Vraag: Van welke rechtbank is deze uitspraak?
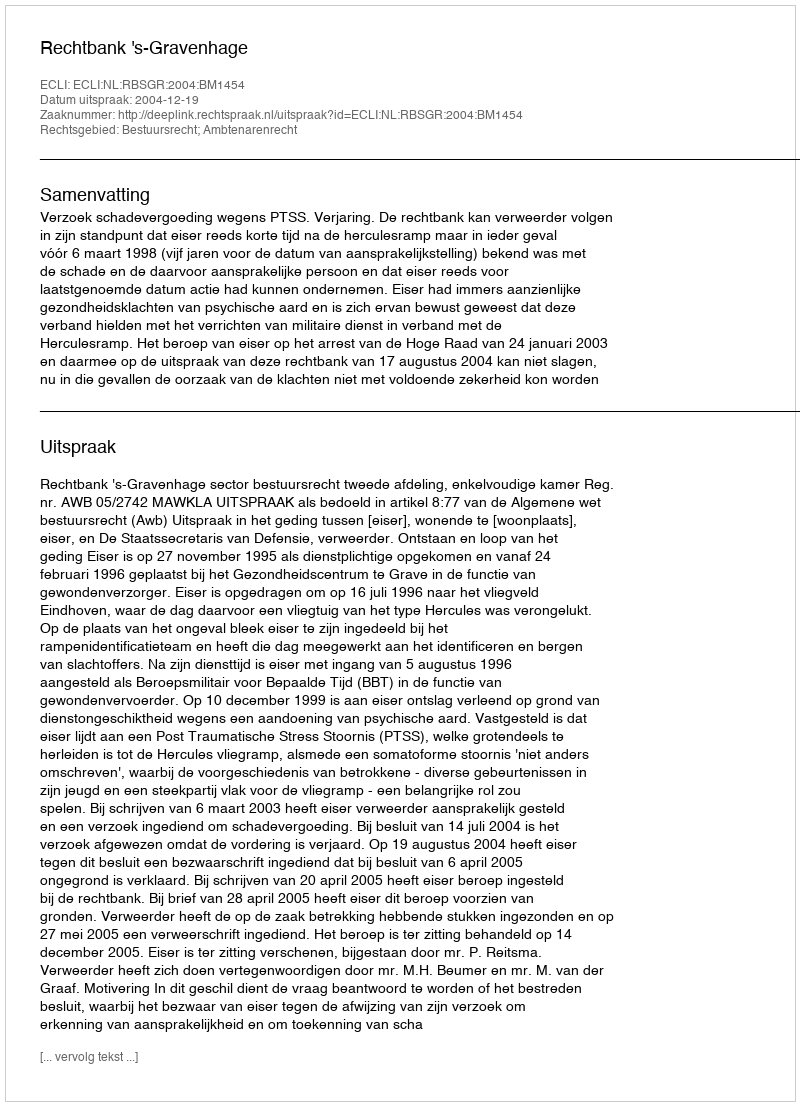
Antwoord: Rechtbank 's-Gravenhage